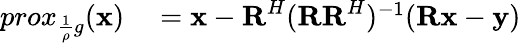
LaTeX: \begin{array}{rl}{prox_{\frac{1}{\rho}g}(\textbf{x})}&{{}=\textbf{x}-\textbf{R}^{H}(\textbf{R}\textbf{R}^{H})^{-1}(\textbf{R}\textbf{x}-\textbf{y})}\end{array}